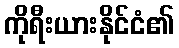
ကိုရီးယားနိုင်ငံ၏